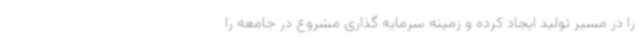
را در مسیر تولید ایجاد کرده و زمینه سرمایه گذاری مشروع در جامعه را